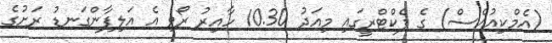
(އެމްކިއުއެސް) ގެ ފެކްޓްރީގައި މިއަދު 10.30 ހާއިރު ރޯވި އެ އަލިފާންގަނޑު ރަށުގެ